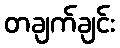
တချက်ချင်း